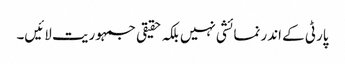
پارٹی کے اندر نمائشی نہیں بلکہ حقیقی جمہوریت لائیں۔